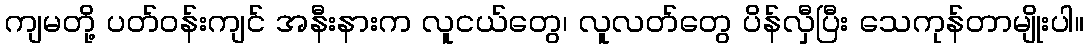
ကျမတို့ ပတ်ဝန်းကျင် အနီးနားက လူငယ်တွေ၊ လူလတ်တွေ ပိန်လှီပြီး သေကုန်တာမျိုးပါ။